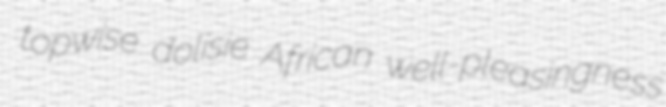
topwise dolisie African well-pleasingness